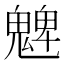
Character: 䰦